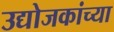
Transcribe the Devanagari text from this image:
उद्योजकांच्या